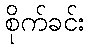
စိုက်ခင်း